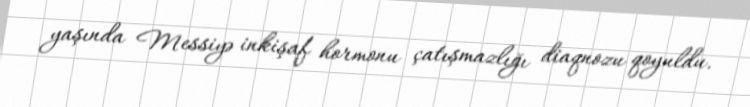
yaşında Messiyə inkişaf hormonu çatışmazlığı diaqnozu qoyuldu.